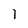
Character: 1